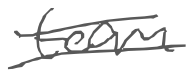
Text: team
Cross-out: double-line
Writing tool: digital_gray